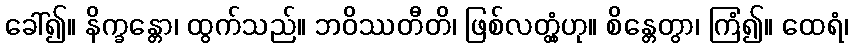
ခေါ်၍။ နိက္ခန္တော၊ ထွက်သည်။ ဘဝိဿတီတိ၊ ဖြစ်လတ္တံ့ဟု။ စိန္တေတွာ၊ ကြံ၍။ ထေရံ၊